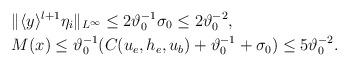
LaTeX: \begin{align*}\begin{aligned}&\Vert \langle y\rangle^{l+1}\eta_i\Vert_{L^\infty} \leq 2\vartheta_0^{-1}\sigma_0\leq 2\vartheta_0^{-2},\\&M(x)\leq \vartheta_0^{-1}(C(u_e,h_e,u_b)+\vartheta_0^{-1}+\sigma_0)\leq 5 \vartheta_0^{-2}.\end{aligned}\end{align*}